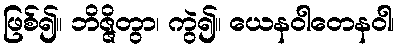
ဖြစ်၍။ ဘိဇ္ဇိတွာ၊ ကွဲ၍။ ယေနဝါတေနဝါ၊